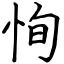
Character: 恂